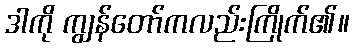
ဒါကို ကျွန်တော်ကလည်းကြိုက်၏။